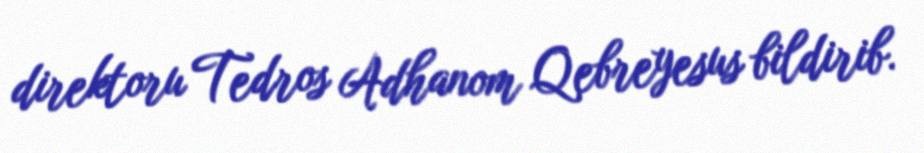
direktoru Tedros Adhanom Qebreyesus bildirib.